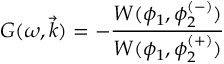
G ( \omega , \vec { k } ) = - \frac { W ( \phi _ { 1 } , \phi _ { 2 } ^ { ( - ) } ) } { W ( \phi _ { 1 } , \phi _ { 2 } ^ { ( + ) } ) }